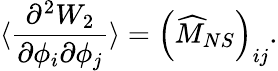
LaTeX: \langle\frac{\partial^{2}W_{2}}{\partial\phi_{i}\partial\phi_{j}}\rangle=\left(\widehat{M}_{NS}\right)_{ij}.